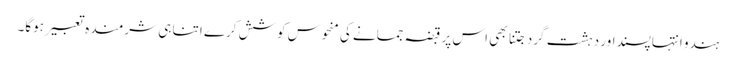
ہندو انتہاپسنداور دہشت گرد جتنا بھی اس پر قبضہ جمانے کی منحوس کوشش کرے اتنا ہی شرمندہ تعبیر ہوگا۔